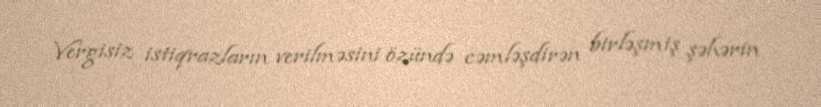
Vergisiz istiqrazların verilməsini özündə cəmləşdirən birləşmiş şəhərin